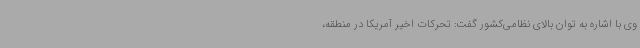
وی با اشاره به توان بالای نظامی‌کشور گفت: تحرکات اخیر آمریکا در منطقه،